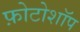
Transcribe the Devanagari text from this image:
फ़ोटोशॉप